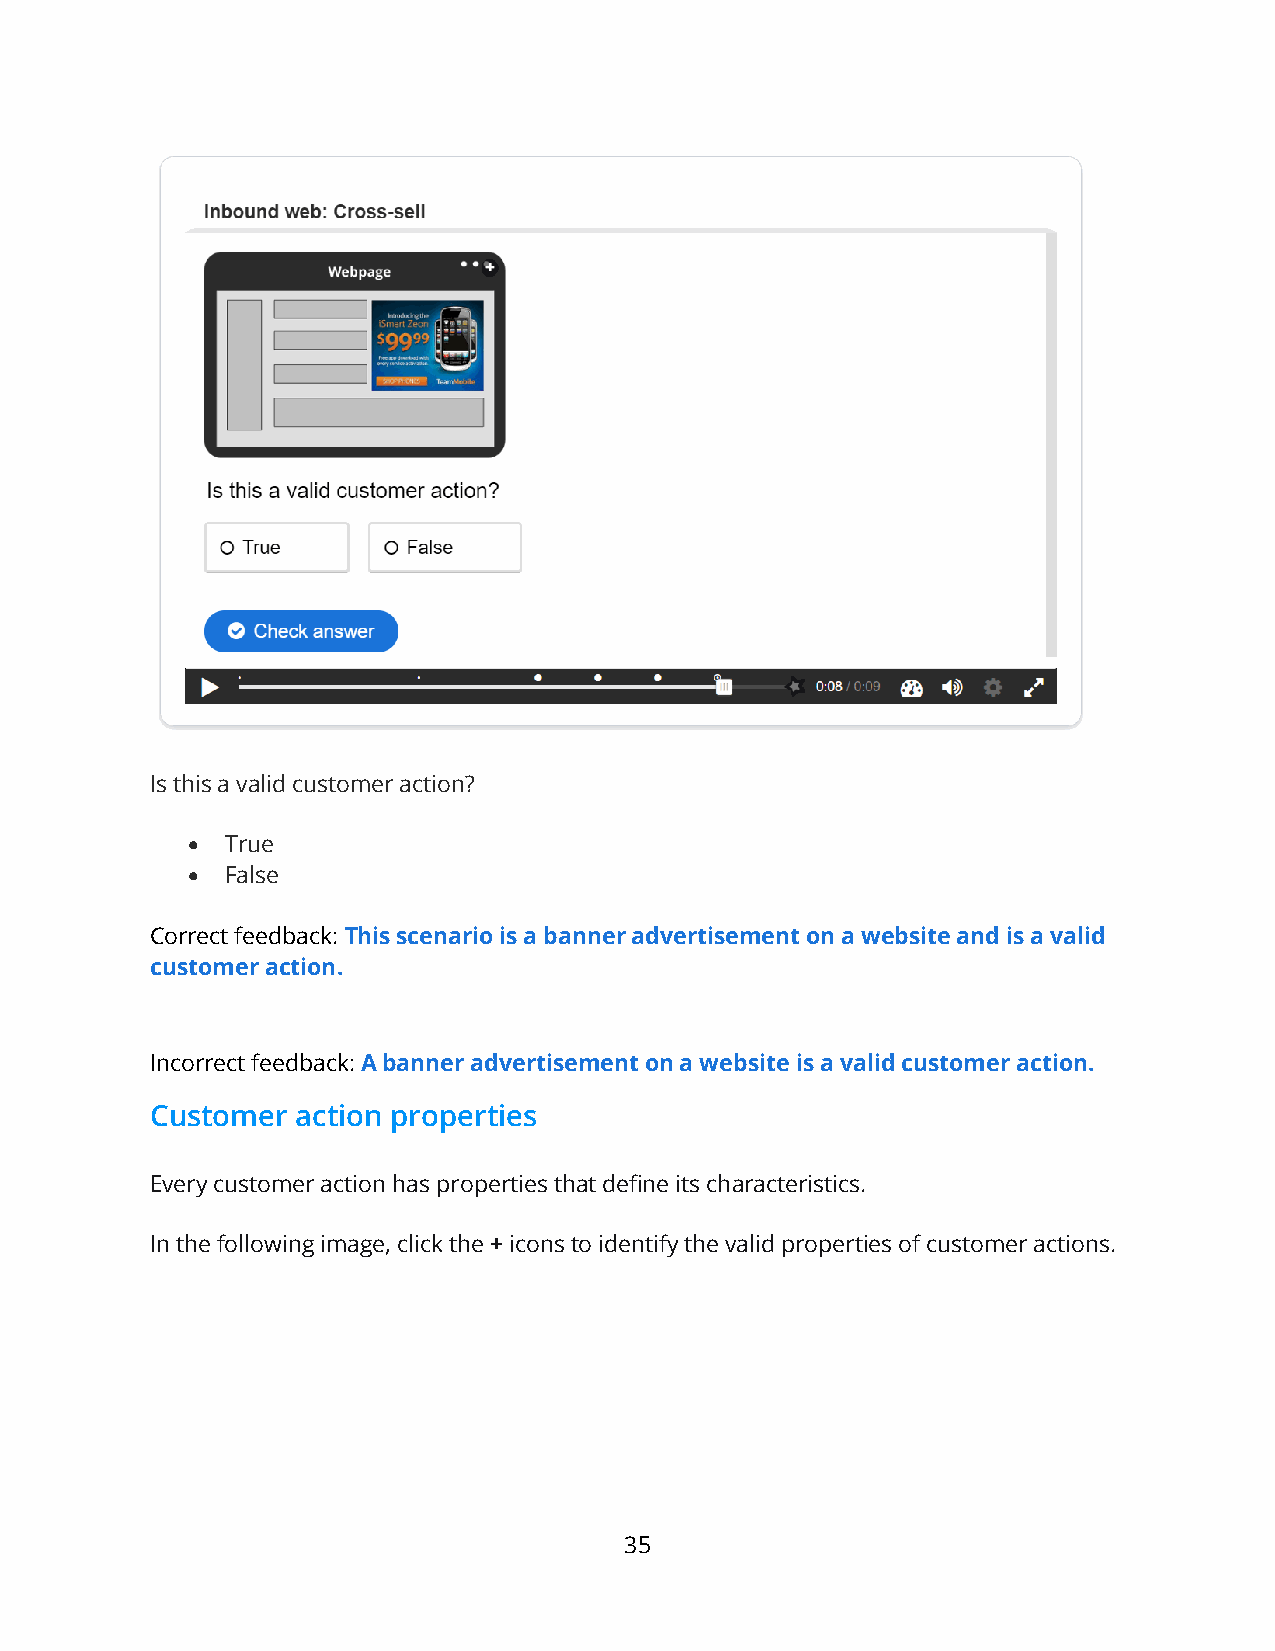
Is this a valid customer action?
 •  True
 •  False
 Correct feedback: This scenario is a banner advertisement on a website and is a valid
 customer action.
 Incorrect feedback: A banner advertisement on a website is a valid customer action.
 Customer  action properties
 Every customer action has properties that define its characteristics.
 In the following image, click the + icons to identify the valid properties of customer actions.
 35